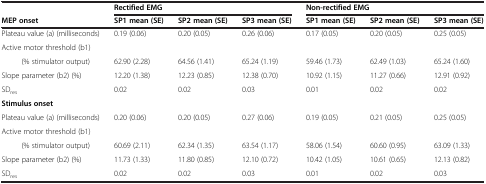
|  | <COLSPAN=3> Rectified EMG | <COLSPAN=3> Non-rectified EMG |
 | MEP onset | SP1 mean (SE) | SP2 mean (SE) | SP3 mean (SE) | SP1 mean (SE) | SP2 mean (SE) | SP3 mean (SE) |
 | --- | --- | --- | --- | --- | --- | --- |
 | Plateau value (a) (milliseconds) | 0.19 (0.06) | 0.20 (0.05) | 0.26 (0.06) | 0.17 (0.05) | 0.20 (0.05) | 0.25 (0.05) |
 | Active motor threshold (b1) |  |  |  |  |  |  |
 | (% stimulator output) | 62.90 (2.28) | 64.56 (1.41) | 65.24 (1.19) | 59.46 (1.73) | 62.49 (1.03) | 65.24 (1.60) |
 | Slope parameter (b2) (%) | 12.20 (1.38) | 12.23 (0.85) | 12.38 (0.70) | 10.92 (1.15) | 11.27 (0.66) | 12.91 (0.92) |
 | SDres | 0.02 | 0.02 | 0.03 | 0.01 | 0.02 | 0.02 |
 | Stimulus onset |  |  |  |  |  |  |
 | Plateau value (a) (milliseconds) | 0.20 (0.06) | 0.20 (0.05) | 0.27 (0.06) | 0.19 (0.05) | 0.21 (0.05) | 0.25 (0.05) |
 | Active motor threshold (b1) |  |  |  |  |  |  |
 | (% stimulator output) | 60.69 (2.11) | 62.34 (1.35) | 63.54 (1.17) | 58.06 (1.54) | 60.60 (0.95) | 63.09 (1.33) |
 | Slope parameter (b2) (%) | 11.73 (1.33) | 11.80 (0.85) | 12.10 (0.72) | 10.42 (1.05) | 10.61 (0.65) | 12.13 (0.82) |
 | SDres | 0.02 | 0.02 | 0.03 | 0.01 | 0.02 | 0.03 |